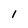
Character: 1